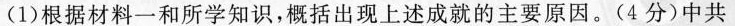
(1)根据材料一和所学知识,概括出现上述成就的主要原因。(4分)中共